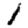
Digit: 1